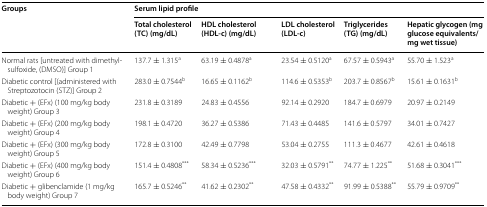
| <ROWSPAN=2> Groups | <COLSPAN=5> Serum lipid profile |
 | Total cholesterol (TC) (mg/dL) | HDL cholesterol (HDL-c) (mg/dL) | LDL cholesterol (LDL-c) | Triglycerides (TG) (mg/dL) | Hepatic glycogen (mg glucose equivalents/mg wet tissue) |
 | --- | --- | --- | --- | --- | --- |
 | Normal rats [untreated with dimethylsulfoxide, (DMSO)] Group 1 | 137.7 ± 1.315a | 63.19 ± 0.4878a | 23.54 ± 0.5120a | 67.57 ± 0.5943a | 55.70 ± 1.523a |
 | Diabetic control [(administered with Streptozotocin (STZ)] Group 2 | 283.0 ± 0.7544b | 16.65 ± 0.1162b | 114.6 ± 0.5353b | 203.7 ± 0.8567b | 15.61 ± 0.1631b |
 | Diabetic + (EFx) (100 mg/kg body weight) Group 3 | 231.8 ± 0.3189 | 24.83 ± 0.4556 | 92.14 ± 0.2920 | 184.7 ± 0.6979 | 20.97 ± 0.2149 |
 | Diabetic + (EFx) (200 mg/kg body weight) Group 4 | 198.1 ± 0.4720 | 36.27 ± 0.5386 | 71.43 ± 0.4485 | 141.6 ± 0.5797 | 34.01 ± 0.7427 |
 | Diabetic + (EFx) (300 mg/kg body weight) Group 5 | 172.8 ± 0.3100 | 42.49 ± 0.7798 | 53.04 ± 0.2755 | 111.3 ± 0.4677 | 42.61 ± 0.4618 |
 | Diabetic + (EFx) (400 mg/kg body weight) Group 6 | 151.4 ± 0.4808*** | 58.34 ± 0.5236*** | 32.03 ± 0.5791** | 74.77 ± 1.225** | 51.68 ± 0.3041*** |
 | Diabetic + glibenclamide (1 mg/kg body weight) Group 7 | 165.7 ± 0.5246** | 41.62 ± 0.2302** | 47.58 ± 0.4332** | 91.99 ± 0.5388** | 55.79 ± 0.9709** |